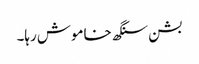
بشن سنگھ خاموش رہا۔